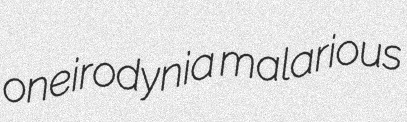
oneirodynia malarious